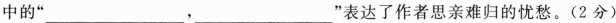
中的”___，___”表达了作者思亲难归的忧愁。(2分)